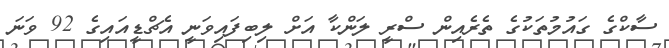
ސާކްގެ ގައުމުތަކުގެ ތެރެއިން ސްރީ ލަންކާ އަށް ލިބިފައިވަނީ އެޗްޑީއައިގެ 92 ވަނަ